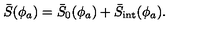
\bar { S } ( \phi _ { a } ) = \bar { S } _ { 0 } ( \phi _ { a } ) + \bar { S } _ { \mathrm { i n t } } ( \phi _ { a } ) .